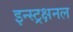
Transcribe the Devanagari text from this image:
इन्स्ट्रक्षनल